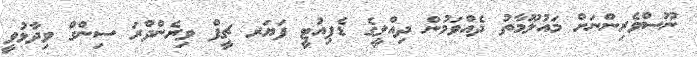
ނޫސްވެރިންނަށް މައުލޫމާތު ދެއްވަމުން ދިއްލީގެ ޑެޕިއުޓީ ފަޔަރ ޗީފް ވިރެންދްރަ ސިންގް ވިދާޅުވީ